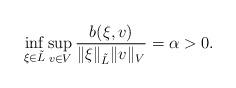
LaTeX: \begin{align*}\inf_{\xi\in \tilde{L}}\sup_{v\in V}\frac{b(\xi,v)}{\|\xi\|_{\tilde{L}}\|v\|_{V}}=\alpha >0.\end{align*}